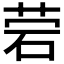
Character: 𰦷